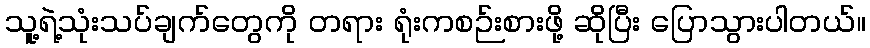
သူ့ရဲ့သုံးသပ်ချက်တွေကို တရား ရုံးကစဉ်းစားဖို့ ဆိုပြီး ပြောသွားပါတယ်။